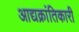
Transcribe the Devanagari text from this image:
आद्यक्रांतिकारी